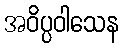
အဝိပ္ပဝါသေန